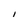
Character: I